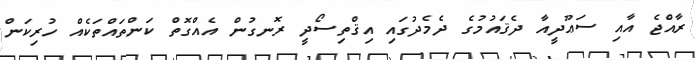
ރާއްޖެ އާއި ސަޢޫދީއާ ދެޤައުމުގެ ދެމެދުގައި އިޤްތިސޯދީ ރޮނގުން އެއްގޮތް ކަންތައްތަކެއް ހުރިކަން